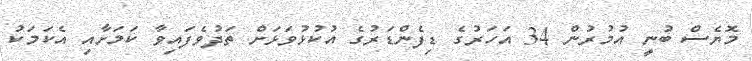
މޮޔެސް ބުނީ އުމުރުން 34 އަހަރުގެ ޑިފެންޑަރުގެ އުކުޅުވަޅަށް ތަދުވެފައިވާ ކަމަށާއި އެކަމަކު